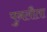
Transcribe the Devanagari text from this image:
पुनलौता